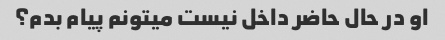
او در حال حاضر داخل نیست میتونم پیام بدم؟